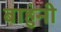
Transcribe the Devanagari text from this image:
बाहुंनी